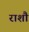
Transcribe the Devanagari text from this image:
राशौ